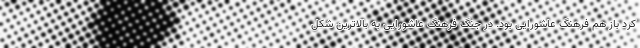
کرد باز هم فرهنگ عاشورایی بود. در جنگ فرهنگ عاشورایی به بالاترین شکل